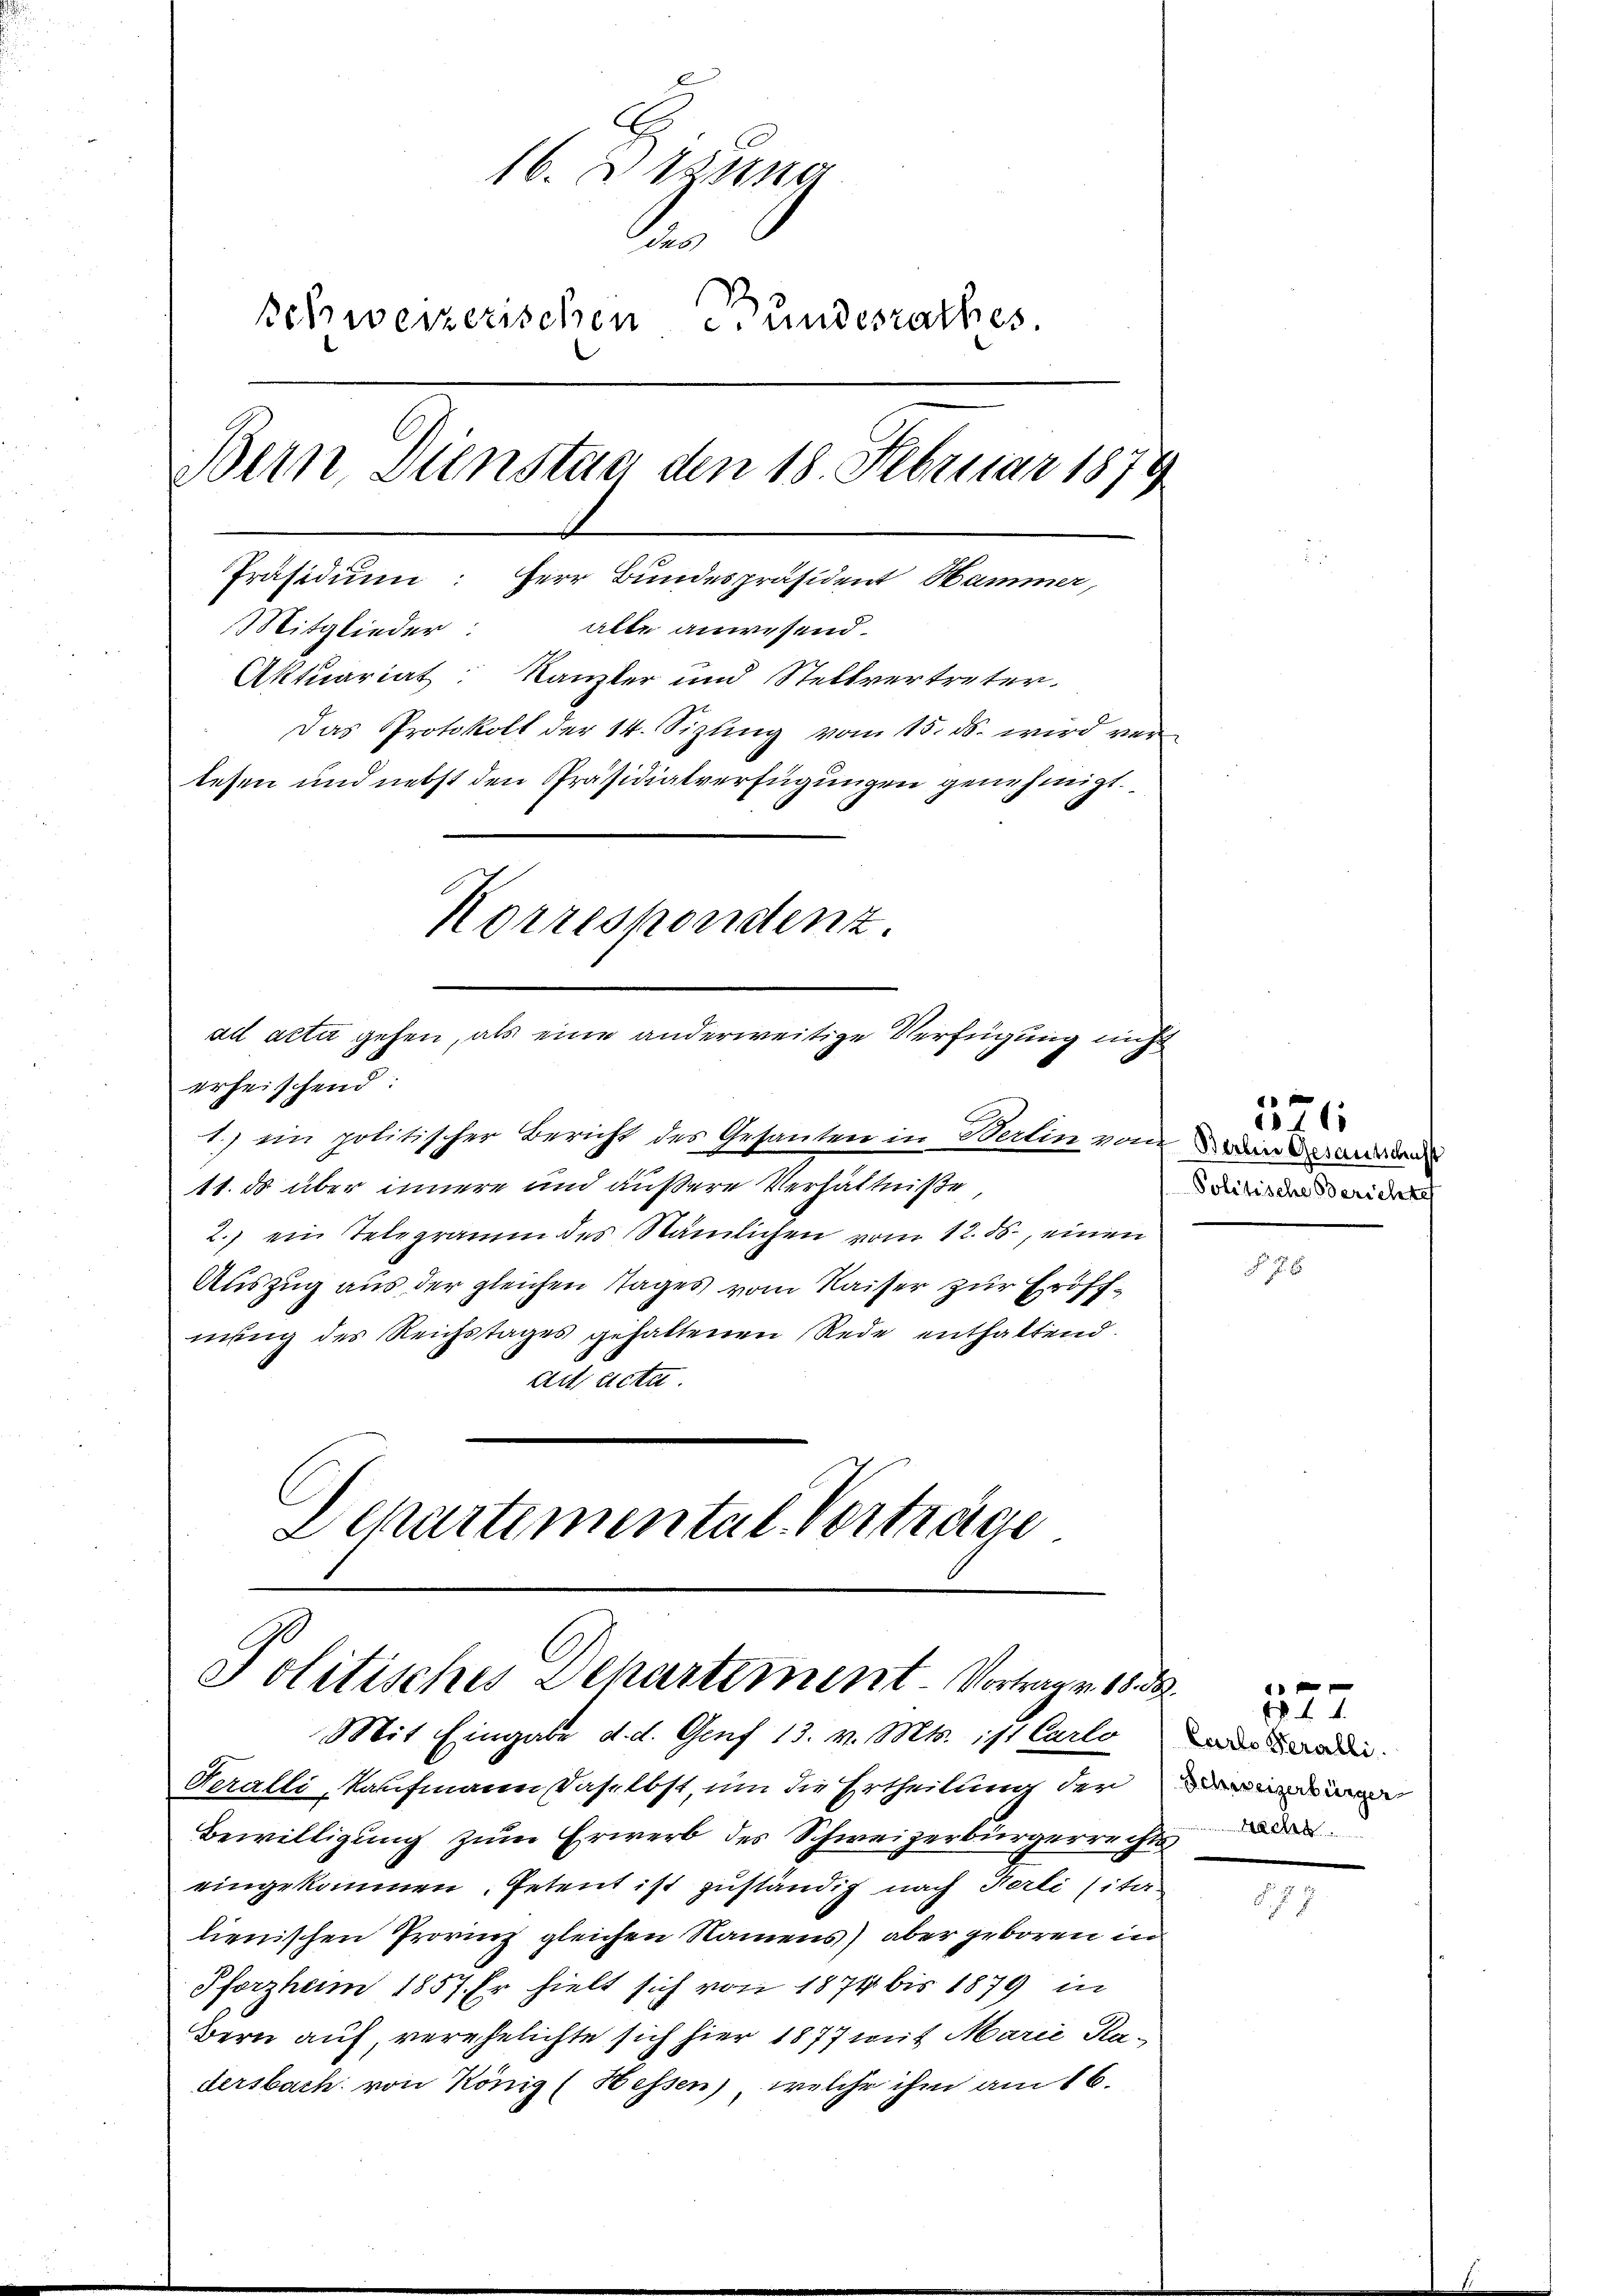
16. Jung
n
schweizerischen Bundesrathes
Bern, Dienstan den 18. Februar 1879
Präsidium: Herr Bundespräsident Hammer,
alle anwesend.
Mitglieder:
Aktuariat: Kanzler und Stellvertreter.
Das Protokoll der 14. Sizling vom 15. ds. wird vor
lesen und nebst den Präsidialverfügungen genehmigt.
Korrespondenz.
ad acta gehen, als eine anderweitige Verfügung nicht

erheischend:
11. ds über innere und äußere Verhältniße
2.) ein Telegramm des Nämlichen vom 12. ds., einen
Auszug aus der gleichen Tages vom Kaiser zur Eröffnung des Reichstages gehaltenen Rede enthaltend.
Art, dicta
Departemental Verträge

1.) ein politischer Bericht des Gesandten in Berlin von eine anden

Politisches Dehartement Vortrage 1833.
Mit Eingabe d. d. Genf 13. v. Mts. ist Carlo
Geralli, Kaufmann daselbst, um die Ertheilung der mi

Bewilligung zum Erwerb des Schweizerbürgerrecht
eingekommen, Petent ist zuständig nach Herli (ita
lienischen Provinz gleichen Namens) aber geboren in
Pforzheim 1857. Er hielt sich von 1874 bis 1879 in
Bern auf verehelichte sich hier 1877 mit Marie Radersbach von König (Hessen, welche ihm am 16.

526
Politische Berichte

F. f. 5

Carlo Teralli

10 f 0 x
4.